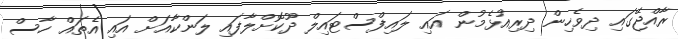
ރާއްޖޭގައި ދިވެހިން ދިރިއުޅެމުން އައި ލައިފްސްޓައިލް ދޫކޮށްލާފައި ލަންކާއަށް އައި އެތައް ހާސް